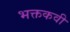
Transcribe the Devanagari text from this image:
भक्तकवी